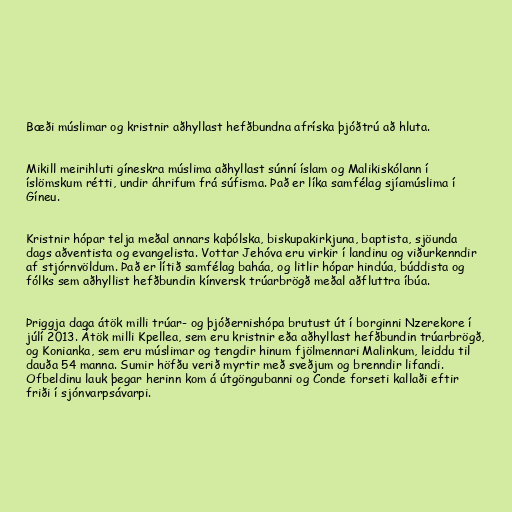
Bæði múslimar og kristnir aðhyllast hefðbundna afríska þjóðtrú að hluta.

Mikill meirihluti gíneskra múslima aðhyllast súnní íslam og Malikiskólann í
íslömskum rétti, undir áhrifum frá súfisma. Það er líka samfélag sjíamúslima í
Gíneu.

Kristnir hópar telja meðal annars kaþólska, biskupakirkjuna, baptista, sjöunda
dags aðventista og evangelista. Vottar Jehóva eru virkir í landinu og viðurkenndir
af stjórnvöldum. Það er lítið samfélag baháa, og litlir hópar hindúa, búddista og
fólks sem aðhyllist hefðbundin kínversk trúarbrögð meðal aðfluttra íbúa.

Þriggja daga átök milli trúar- og þjóðernishópa brutust út í borginni Nzerekore í
júlí 2013. Átök milli Kpellea, sem eru kristnir eða aðhyllast hefðbundin trúarbrögð,
og Konianka, sem eru múslimar og tengdir hinum fjölmennari Malinkum, leiddu til
dauða 54 manna. Sumir höfðu verið myrtir með sveðjum og brenndir lifandi.
Ofbeldinu lauk þegar herinn kom á útgöngubanni og Conde forseti kallaði eftir
friði í sjónvarpsávarpi.